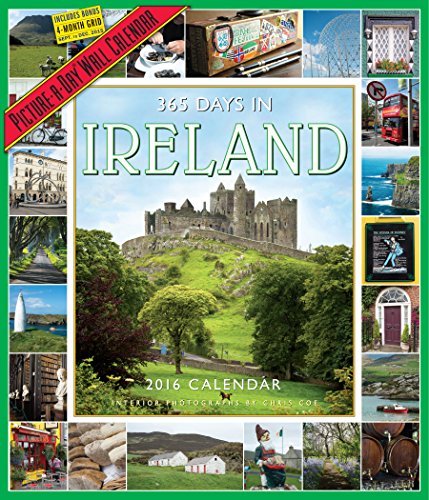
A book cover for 365 Days in Ireland Picture-A-Day Wall Calendar 2016; Calendars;